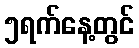
၅ရက်နေ့တွင်